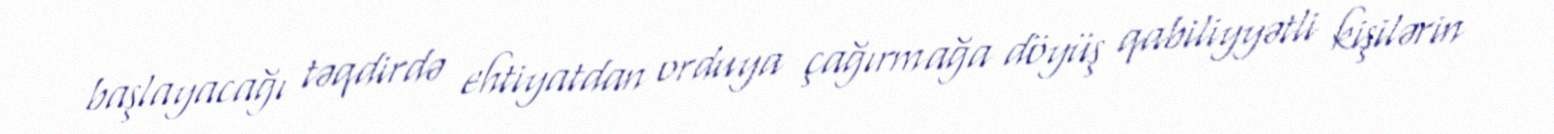
başlayacağı təqdirdə ehtiyatdan orduya çağırmağa döyüş qabiliyyətli kişilərin